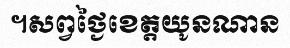
។សព្វថ្ងៃខេត្តយូនណាន